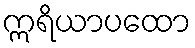
ဣရိယာပထော